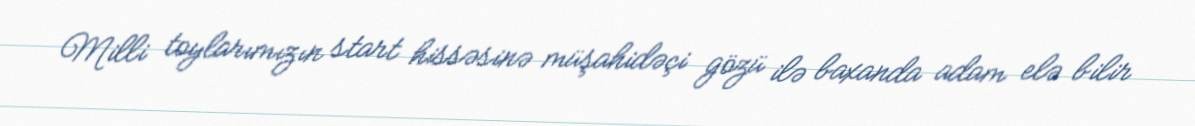
Milli toylarımızın start hissəsinə müşahidəçi gözü ilə baxanda adam elə bilir